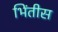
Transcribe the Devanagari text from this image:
भिंतीस